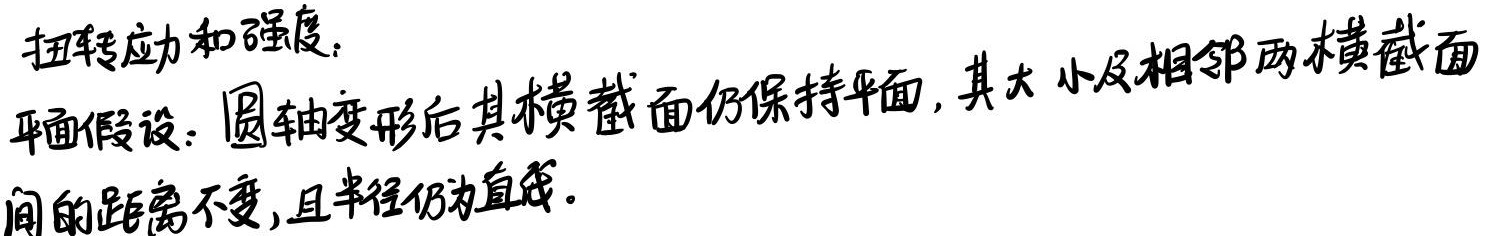
扭转应力和强度：平面假设：圆轴变形后其横截面仍保持平面，其大小及相邻两横截面间的距离不变，且半径仍为直线。